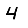
Digit: 4